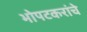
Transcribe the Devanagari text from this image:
भोपटकरांचे